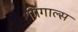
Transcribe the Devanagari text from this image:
गिगाल्स